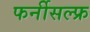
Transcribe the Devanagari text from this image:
फर्नीसल्फ्र